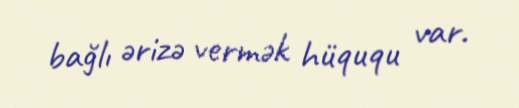
bağlı ərizə vermək hüququ var.